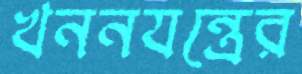
খননযন্ত্রের